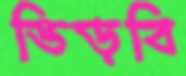
ভিড়বি